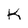
Character: K